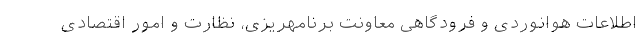
اطلاعات هوانوردی و فرودگاهی معاونت برنامهریزی، نظارت و امور اقتصادی